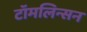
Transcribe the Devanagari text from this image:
टॉमलिन्सन